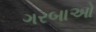
ગરબાઓ